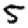
Digit: 5